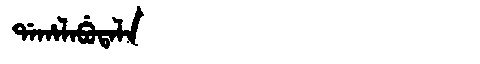
Manchu: ᡩᠠᡥᠠᠯᠠᠪᡠᡨᠠᠯᠠ
Romanization: DAHALABUTALA